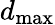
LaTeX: d_{\mathrm{max}}